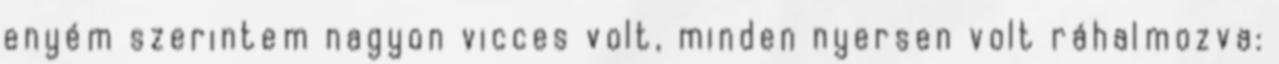
enyém szerintem nagyon vicces volt, minden nyersen volt ráhalmozva: